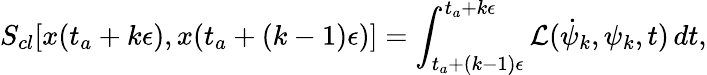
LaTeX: S_{cl}[x(t_{a}+k\epsilon),x(t_{a}+(k-1)\epsilon)]=\int_{t_{a}+(k-1)\epsilon}^{t_{a}+k\epsilon}{\cal{L}}(\dot{\psi}_{k},\psi_{k},t)\, dt,